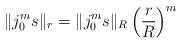
LaTeX: \begin{align*} \|j_0^ms\|_r = \|j_0^ms\|_R\left(\frac{r}{R} \right)^m\end{align*}